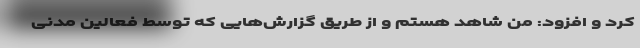
کرد و افزود: من شاهد هستم و از طریق گزارش‌هایی که توسط فعالین مدنی